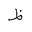
Letter: _za